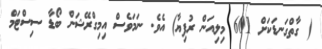
( ގާތްގަނޑަކަށް 601 މިލިއަން ރުފިޔާ) އެވެ. ނަމަވެސް އިމިގްރޭޝަން ބޯޑާ ސިސްޓަމް